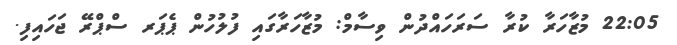
22:05 މުޒާހަރާ ކުރާ ސަރަަހައްދުން ވިސާމް: މުޒާހަރާގައި ފުލުހުން ޕެޕަރ ސްޕްރޭ ޖަހައިފި.